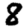
Digit: 8